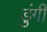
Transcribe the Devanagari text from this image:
डुंगी